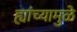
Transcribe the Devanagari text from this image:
ह्यांच्यामुळे